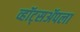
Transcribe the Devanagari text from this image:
व्हॉट्सॲपला